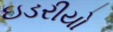
ઇડરીયો